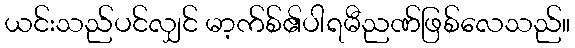
ယင်းသည်ပင်လျှင် မာ့က်စ်၏ပါရမီညဏ်ဖြစ်လေသည်။